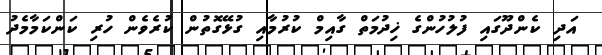
އަދި ކެންދޫގައި ފުލުހުންގެ ޚިދުމަތް ގާއިމް ކުރުމާއި ގުޅޭގޮތުން ކުރެވެން ހުރި ކަންކަމާމެދު